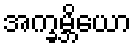
အက္ခမ္ဘိယော